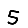
Digit: 5